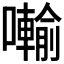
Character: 𭌋